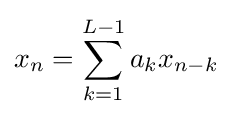
x_{n}=\sum _{k=1}^{L-1}a_{k}x_{n-k}